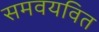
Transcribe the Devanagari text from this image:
समवयवित